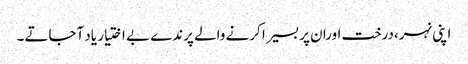
اپنی نہر،درخت اورا ن پر بسیرا کرنے والے پرندے بے اختیار یاد آجاتے۔